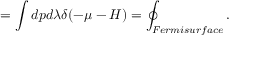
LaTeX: = \int d p d \lambda \delta ( - \mu - H ) = \oint _ { F e r m i s u r f a c e } .